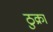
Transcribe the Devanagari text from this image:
ठुक्रा